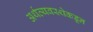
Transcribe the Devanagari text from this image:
अर्थव्यवस्थेकडून